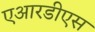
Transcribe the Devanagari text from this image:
एआरडीएस